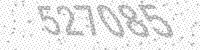
Solution: 527085